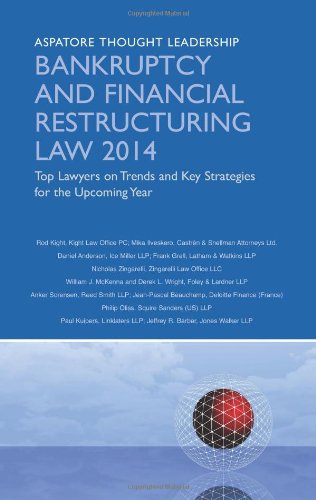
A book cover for Bankruptcy and Financial Restructuring Law 2014: Top Lawyers on Trends and Key Strategies for the Upcoming Year (Aspatore Thought Leadership); Multiple Authors; Law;